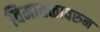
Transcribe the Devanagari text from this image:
विमातळावरुन